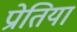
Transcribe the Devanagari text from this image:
प्रोतियां